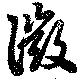
微